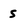
Character: S